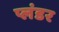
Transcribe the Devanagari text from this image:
प्लंडर